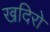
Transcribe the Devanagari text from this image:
खदिरो